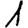
Digit: 1